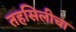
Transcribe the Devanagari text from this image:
तहसिलीचा